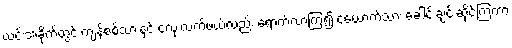
ယင်းအခိုက်တွင် ကျန်စစ်သားနှင့် ငလုံးလက်ဖယ်လည်း ရောက်လာကြ၍ ၄ယောက်သား ခေါင်းချင်းဆိုင်ကြကာ